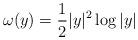
LaTeX: \begin{align*} \omega(y) = \frac{1}{2}|y|^{2}\log|y|\end{align*}